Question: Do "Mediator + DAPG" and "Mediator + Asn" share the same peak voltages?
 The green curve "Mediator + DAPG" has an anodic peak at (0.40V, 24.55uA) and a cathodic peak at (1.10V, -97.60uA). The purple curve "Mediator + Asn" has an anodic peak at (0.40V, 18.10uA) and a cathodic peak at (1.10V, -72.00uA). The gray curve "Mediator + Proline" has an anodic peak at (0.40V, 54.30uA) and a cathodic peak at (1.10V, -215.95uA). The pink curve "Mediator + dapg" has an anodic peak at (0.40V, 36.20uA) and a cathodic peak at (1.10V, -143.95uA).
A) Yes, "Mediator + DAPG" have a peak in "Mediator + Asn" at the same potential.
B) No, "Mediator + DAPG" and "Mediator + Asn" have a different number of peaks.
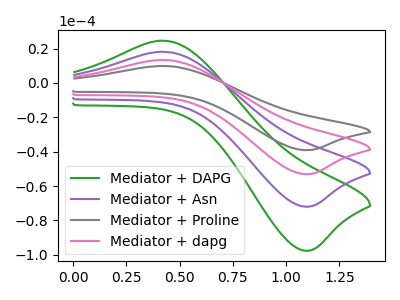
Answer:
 <answer>A) Yes, "Mediator + DAPG" have a peak in "Mediator + Asn" at the same potential.</answer>
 <eval>A</eval>